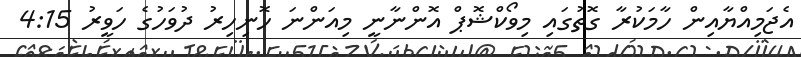
އެޖަމިއްޔާއިން ހާމަކުރާ ގޮތުގައި މިވޯކްޝޮޕް އޮންނާނީ މިއަންނަ ހޮނިހިރު ދުވަހުގެ ހަވީރު 4:15